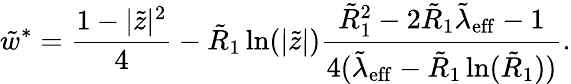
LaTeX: \tilde{w}^{*}=\frac{1-|\tilde{z}|^{2}}{4}-\tilde{R}_{1}\ln(|\tilde{z}|)\frac{\tilde{R}_{1}^{2}-2\tilde{R}_{1}\tilde{\lambda}_{\mathrm{eff}}-1}{4(\tilde{\lambda}_{\mathrm{eff}}-\tilde{R}_{1}\ln(\tilde{R}_{1}))}.